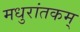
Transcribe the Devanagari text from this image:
मधुरांतकम्